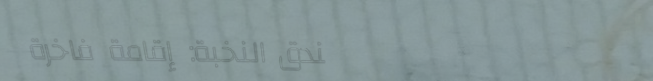
فندق النخبة: إقامة فاخرة